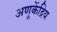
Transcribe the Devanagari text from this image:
अणूकेंद्रिय